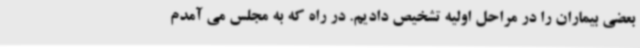
بعضی بیماران را در مراحل اولیه تشخیص دادیم. در راه که به مجلس می آمدم